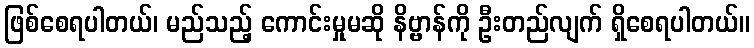
ဖြစ်စေရပါတယ်၊ မည်သည့် ကောင်းမှုမဆို နိဗ္ဗာန်ကို ဦးတည်လျက် ရှိစေရပါတယ်။